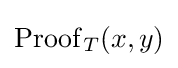
\operatorname {Proof} _{T}(x,y)